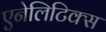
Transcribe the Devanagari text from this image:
एनेलिटिक्स